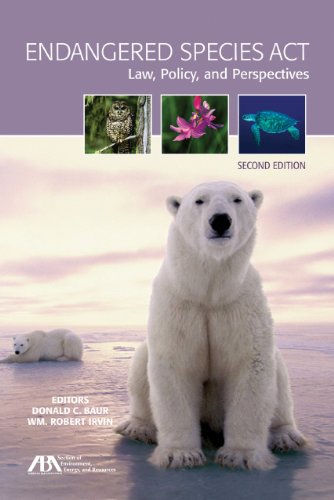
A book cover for Endangered Species Act: Law, Policy, and Perspectives; Science & Math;